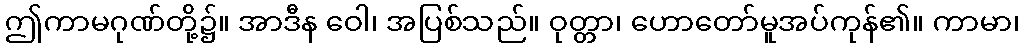
ဤကာမဂုဏ်တို့၌။ အာဒီန ဝေါ၊ အပြစ်သည်။ ဝုတ္တာ၊ ဟောတော်မူအပ်ကုန်၏။ ကာမာ၊